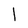
Character: l